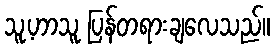
သူ့ဟာသူ ပြန်တရားချလေသည်။